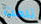
تلفت